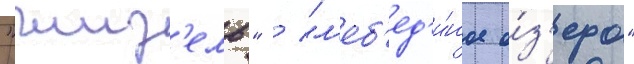
"жиз'ель" / "л'еб'ед'и́ное о́з'еро"